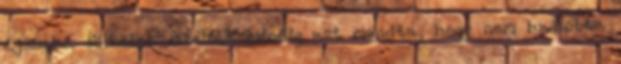
éjszaka fölkelni. Azelőtt mindig azt mondta, hogy nem hallotta